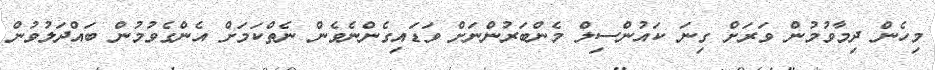
މިހެން ދިމާވުމުން ވަރަށް ގިނަ ކައުންސިލް މެންބަރުންނަށް ވަޑައިގެންނެވެން ނެތްކަމަށް އެންގެވުމުން ބައްދަލުވުން